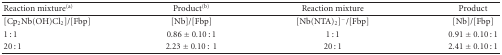
<table><thead><tr><td><b>Reaction mixture<sup>(a)</sup></b></td><td><b>Product<sup>(b)</sup></b></td><td><b>Reaction mixture</b></td><td><b>Product</b></td></tr></thead><tbody><tr><td>[Cp<sub>2</sub>Nb(OH)Cl<sub>2</sub>]/[Fbp]</td><td>[Nb]/[Fbp]</td><td>[Nb(NTA)<sub>2</sub>]<sup>−</sup>/[Fbp]</td><td>[Nb]/[Fbp]</td></tr><tr><td>1 : 1</td><td>0.86 ± 0.10 : 1</td><td>1 : 1</td><td>0.91 ± 0.10 : 1</td></tr><tr><td>20 : 1</td><td>2.23 ± 0.10 :1</td><td>20 : 1</td><td>2.41 ± 0.10 : 1</td></tr></tbody></table>